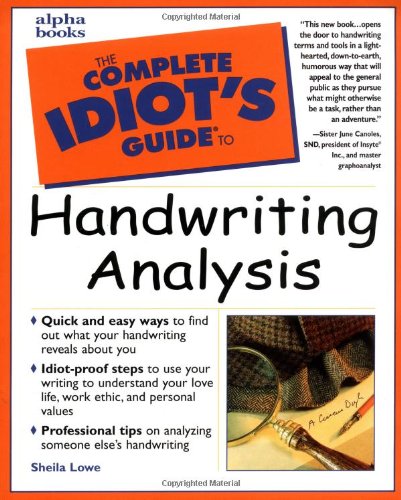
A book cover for The Complete Idiot's Guide to Handwriting Analysis; Sheila R. Lowe; Self-Help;